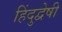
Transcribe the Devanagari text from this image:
हिंदुद्वेषी